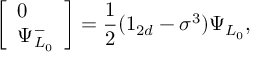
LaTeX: \left[ \begin{array} { l } { { 0 } } \\ { { \Psi _ { L _ { 0 } } ^ { - } } } \end{array} \right] = { \frac { 1 } { 2 } } ( 1 _ { 2 d } - \sigma ^ { 3 } ) \Psi _ { L _ { 0 } } ,